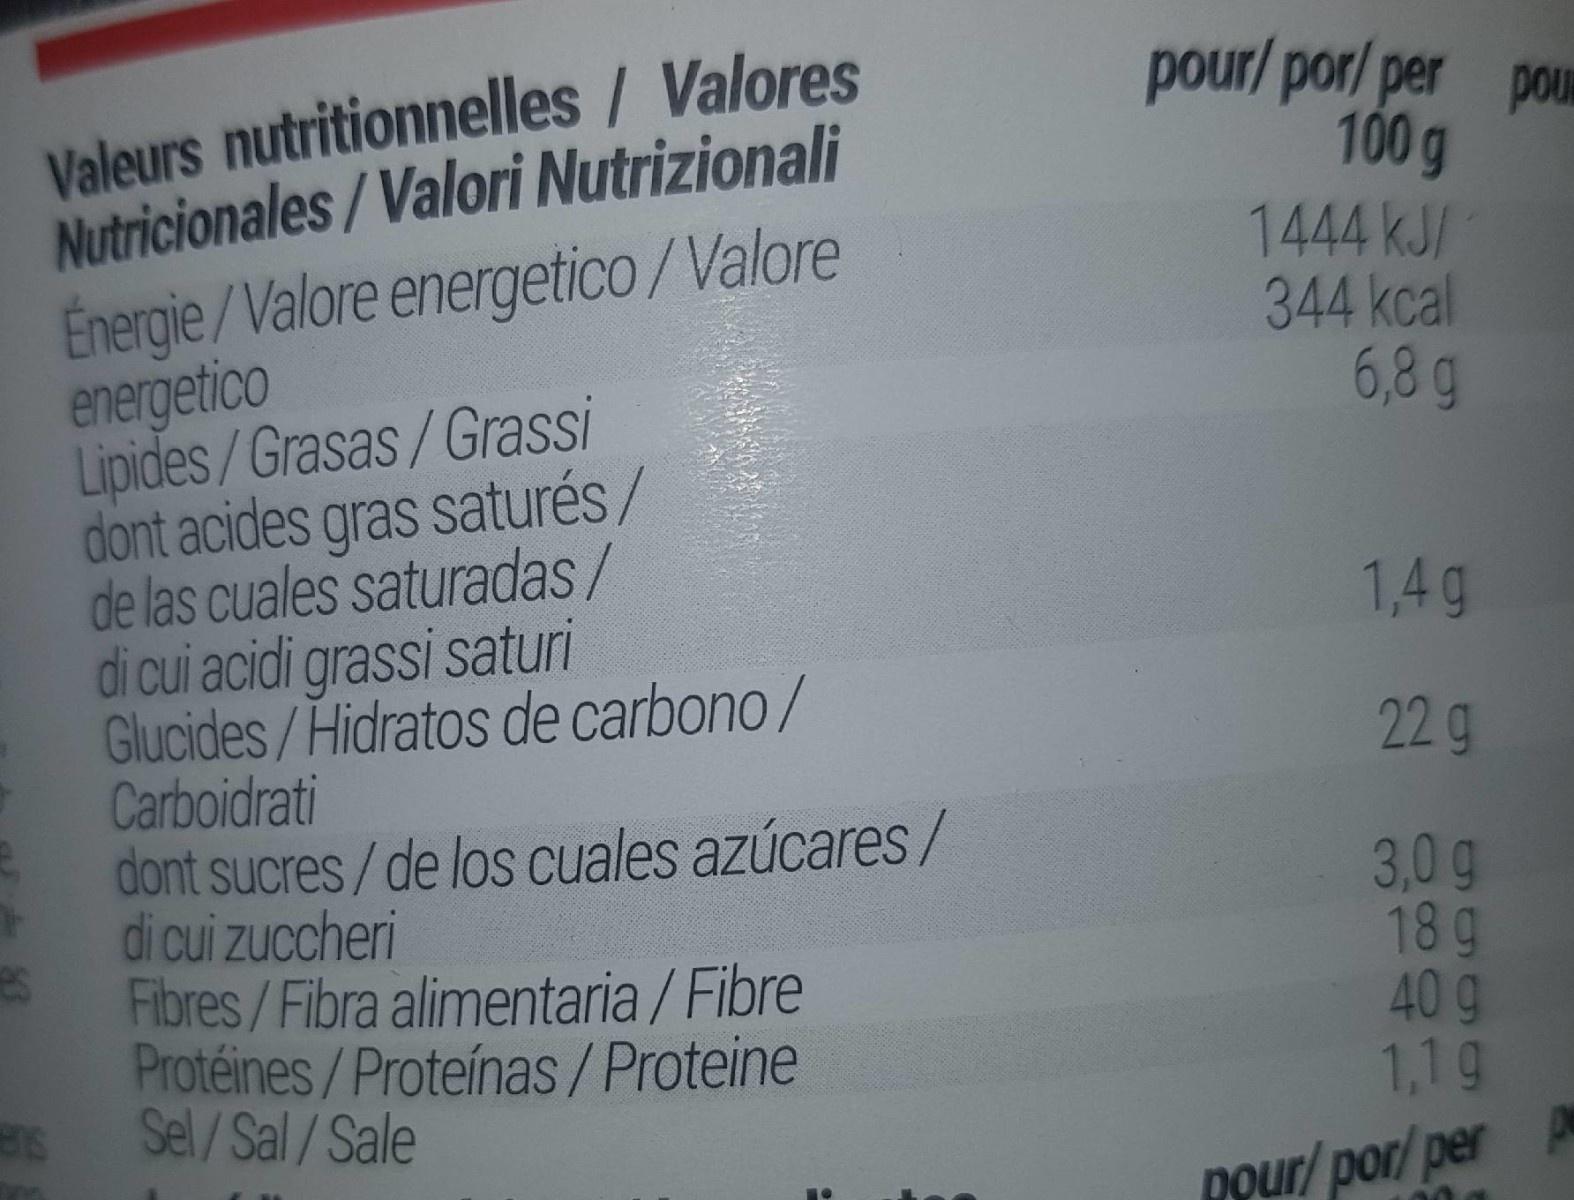
Valeurs nutritionnelles / Valores Nutricionales/Valori Nutrizionali Energie/Valore energetico/Valore energetico Lipides/Grasas/Grassi dont acides gras saturés/ de las cuales saturadas/ di cui acidi grassi saturi Glucides/Hidratos de carbono/ Carboidrati dont sucres/de los cuales azúcares/ di cui zuccheri Fibres/Fibra alimentaria/Fibre Protéines/Proteínas/ Proteine Sel/Sal/Sale
pour/ por/ per pouw 100g 1444 kJ/ 344 kcal 6,8g
1,4g
22g
3,0 g 18 g 40 g 1,1g
pour/ por/ per